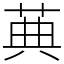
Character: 䓦